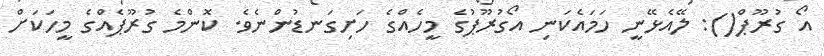
އޯ ގުރޫޕް(): ލޭއެޅޭނީ ހަމައެކަނި އޯގުރޫޕުގެ މީހެއްގެ ހަށިގަނޑުންނެވެ. ކޮންމެ ގުރޫޕެއްގެ މީހަކަށް